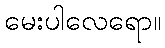
မေးပါလေရော။